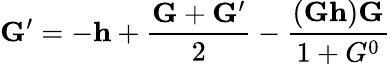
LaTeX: {\mathbf G}^{\prime}=-{\mathbf h}+\frac{{\mathbf G}+{\mathbf G}^{\prime}}{2}-\frac{({\mathbf G}{\mathbf h}){\mathbf G}}{1+G^{0}}